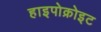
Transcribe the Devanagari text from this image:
हाइपोक्रोइट